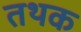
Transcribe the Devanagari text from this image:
तथक